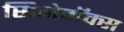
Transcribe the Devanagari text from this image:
सिनेमॅक्स